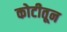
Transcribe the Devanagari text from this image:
कोटीतून